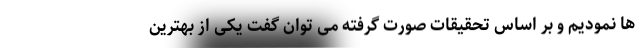
ها نمودیم و بر اساس تحقیقات صورت گرفته می توان گفت یکی از بهترین